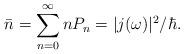
LaTeX: \begin{align*}\bar{n}=\sum\limits_{n=0}^{\infty}n P_n=|j(\omega)|^2/\hbar.\end{align*}